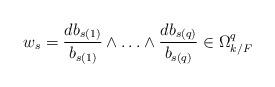
LaTeX: \begin{align*} w_s = \frac{d b_{s(1)}}{b_{s(1)}} \wedge\ldots \wedge \frac{d b_{s(q)}}{b_{s(q)}} \in \Omega^q_{k/F}\end{align*}